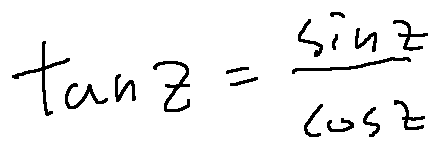
\tan z = \frac { \sin z } { \cos z }